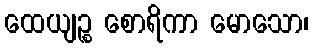
ထေယျဉ္စ စောရိကာ မောသော၊